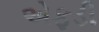
એફડી